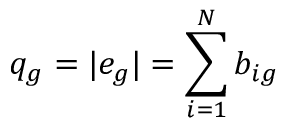
q _ { g } = | e _ { g } | = \sum _ { i = 1 } ^ { N } b _ { i g }